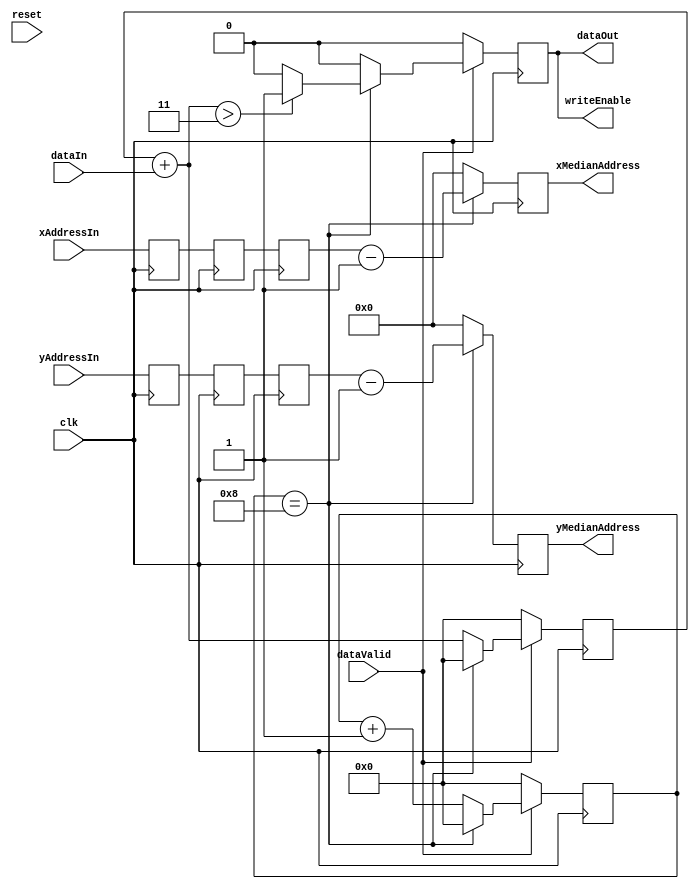
module medianProcess #(parameter WINDOW_SIZE = 3) (
	input clk,
	input reset,
	input dataValid,
	input [7:0] xAddressIn,
	input [7:0] yAddressIn,
	input dataIn,
	output writeEnable,
	output [7:0] xMedianAddress,
	output [7:0] yMedianAddress,
	output dataOut
    );

// Function to compute log base 2 (for synthesizability can't use $clog2) 
function integer clog2;
    input integer value;
    begin
        value = value - 1;
        for (clog2 = 0; value > 0; clog2 = clog2 + 1) begin
            value = value >> 1;
        end
    end
endfunction

localparam pixelCounterWidth = clog2(WINDOW_SIZE*WINDOW_SIZE);
localparam centerPixelOffset = WINDOW_SIZE/2;   // Floor is not required here since verilog automatically rounds it down

// Data Processing logic
reg [pixelCounterWidth - 1:0] sum;
wire [pixelCounterWidth - 1:0] sumWire; 
reg [pixelCounterWidth - 1:0] pixelCounter;
reg [7:0] xMedianAddress;
reg [7:0] yMedianAddress;

// Sync registers for data and address Sync
reg [7:0] xAddressSync1;
reg [7:0] yAddressSync1;
reg [7:0] xAddressSync2;
reg [7:0] yAddressSync2;
reg [7:0] xAddressSync3;
reg [7:0] yAddressSync3;

reg writeEnable;
wire dataOut;

// Data out and write enable are same since the image is binary
assign dataOut = writeEnable;
assign sumWire = sum + dataIn; 

always @ (posedge clk) begin
	// Address Sync
	xAddressSync1 <= xAddressIn;
	yAddressSync1 <= yAddressIn;
	xAddressSync2 <= xAddressSync1;
	yAddressSync2 <= yAddressSync1;
	xAddressSync3 <= xAddressSync2;
	yAddressSync3 <= yAddressSync2;
	// Assign output address at every 9th data pixel (for 3x3 window)
	// Address is subtracted by 1 each since the Sync addresses are addresses of bottom right
	// pixel of the window
	if (pixelCounter == (WINDOW_SIZE*WINDOW_SIZE - 1)) begin
		xMedianAddress <= xAddressSync3 - centerPixelOffset;
		yMedianAddress <= yAddressSync3 - centerPixelOffset;;
	end
	else begin
		xMedianAddress <= 0;
		yMedianAddress <= 0;
	end
end

always @ (posedge clk) begin
	if (dataValid) begin
		// Count 9 pixels (for 3x3 window) after data valid is asserted
		if (pixelCounter == (WINDOW_SIZE*WINDOW_SIZE - 1)) begin
			pixelCounter <= 0;
			sum <= 0;
			// If number of pixels in 3x3 window is greater than 4 then center pixel = 1
			if (sumWire > (WINDOW_SIZE*WINDOW_SIZE/2 - 1)) begin
				writeEnable <= 1;
			end
			else begin
				writeEnable <= 0;
			end
		end
		else begin
			pixelCounter <= pixelCounter + 1'b1;
			sum <= sum + dataIn;
			writeEnable <= 0;
		end
	end
	else begin
		pixelCounter <= 0;
		sum <= 0;
		writeEnable <= 0;
	end
end

endmodule